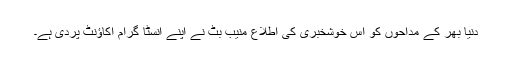
دنیا بھر کے مداحوں کو اس خوشخبری کی اطلاع منیب بٹ نے اپنے انسٹا گرام اکاؤنٹ پردی ہے۔